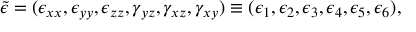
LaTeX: { \tilde { \epsilon } } = ( \epsilon _ { x x } , \epsilon _ { y y } , \epsilon _ { z z } , \gamma _ { y z } , \gamma _ { x z } , \gamma _ { x y } ) \equiv ( \epsilon _ { 1 } , \epsilon _ { 2 } , \epsilon _ { 3 } , \epsilon _ { 4 } , \epsilon _ { 5 } , \epsilon _ { 6 } ) ,